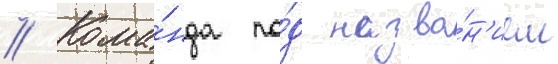
// Кома́нда по́д назва́н'ием